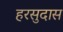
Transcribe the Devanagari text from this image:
हरसुदास